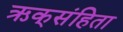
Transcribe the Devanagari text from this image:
ऋक्‌संहिता